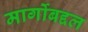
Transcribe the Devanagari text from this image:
मार्गोबद्दल